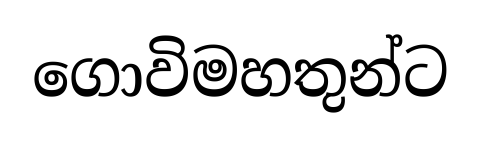
ගොවිමහතුන්ට